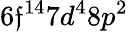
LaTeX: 6\mathfrak{f}^{14}7d^{4}8p^{2}